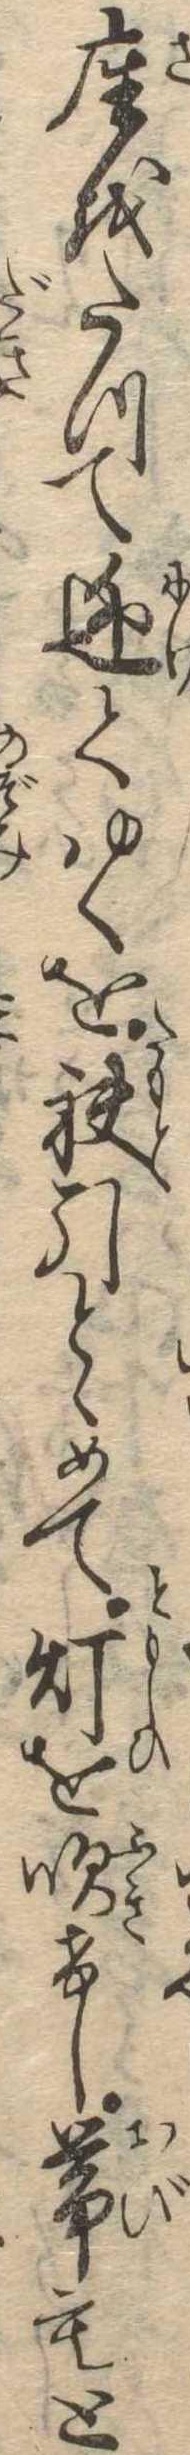
座をたつて逃てゆくを袂引とゝめて灯を吹けし帯もと